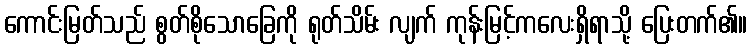
ကောင်းမြတ်သည် စွတ်စိုသောခြေကို ရုတ်သိမ်း လျက် ကုန်းမြင့်ကလေးရှိရာသို့ ပြေးတက်၏။